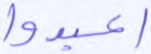
اعبدوا